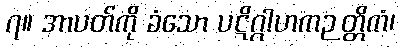
၇။ အာပတ်ကို ခံသော ပဋိဂ္ဂါဟကဉတ္တိကံ၊